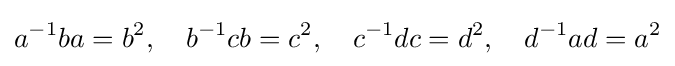
a^{-1}ba=b^{2},\quad b^{-1}cb=c^{2},\quad c^{-1}dc=d^{2},\quad d^{-1}ad=a^{2}